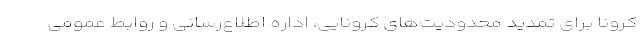
کرونا برای تمدید محدودیت‌های کرونایی، اداره اطلاع‌رسانی و روابط عمومی